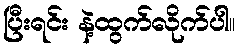
ပြီးရင်း နဲ့ထွက်လိုက်ပါ။